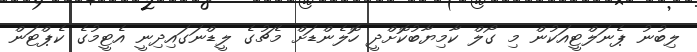
ލިބުނު ޕެނަލްޓީއަކުން މި ގޯލް ކާމިޔާބުކޮށްދީ ހޮލެންޑަށް މެޗުގެ ލީޑްނަގައިދިނީ އެޓީމުގެ ކެޕްޓަން